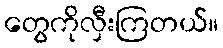
တွေကိုလှီးကြတယ်။